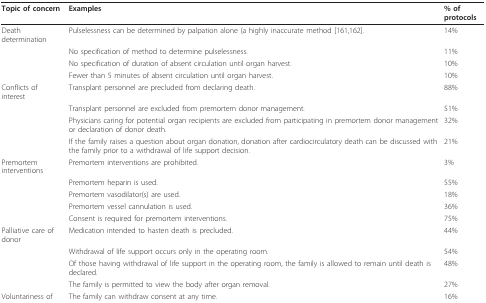
<table><thead><tr><td><b>Topic of concern</b></td><td><b>Examples</b></td><td><b>% of protocols</b></td></tr></thead><tbody><tr><td>Death determination</td><td>Pulselessness can be determined by palpation alone (a highly inaccurate method [161,162].</td><td>14%</td></tr><tr><td></td><td>No specification of method to determine pulselessness.</td><td>11%</td></tr><tr><td></td><td>No specification of duration of absent circulation until organ harvest.</td><td>10%</td></tr><tr><td></td><td>Fewer than 5 minutes of absent circulation until organ harvest.</td><td>10%</td></tr><tr><td>Conflicts of interest</td><td>Transplant personnel are precluded from declaring death.</td><td>88%</td></tr><tr><td></td><td>Transplant personnel are excluded from premortem donor management.</td><td>51%</td></tr><tr><td></td><td>Physicians caring for potential organ recipients are excluded from participating in premortem donor management or declaration of donor death.</td><td>32%</td></tr><tr><td></td><td>If the family raises a question about organ donation, donation after cardiocirculatory death can be discussed with the family prior to a withdrawal of life support decision.</td><td>21%</td></tr><tr><td>Premortem interventions</td><td>Premortem interventions are prohibited.</td><td>3%</td></tr><tr><td></td><td>Premortem heparin is used.</td><td>55%</td></tr><tr><td></td><td>Premortem vasodilator(s) are used.</td><td>18%</td></tr><tr><td></td><td>Premortem vessel cannulation is used.</td><td>36%</td></tr><tr><td></td><td>Consent is required for premortem interventions.</td><td>75%</td></tr><tr><td>Palliative care of donor</td><td>Medication intended to hasten death is precluded.</td><td>44%</td></tr><tr><td></td><td>Withdrawal of life support occurs only in the operating room.</td><td>54%</td></tr><tr><td></td><td>Of those having withdrawal of life support in the operating room, the family is allowed to remain until death is declared.</td><td>48%</td></tr><tr><td></td><td>The family is permitted to view the body after organ removal.</td><td>27%</td></tr><tr><td>Voluntariness of consent</td><td>The family can withdraw consent at any time.</td><td>16%</td></tr></tbody></table>